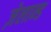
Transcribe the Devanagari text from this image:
ज़ेलान्ड